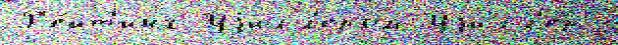
Р'е́йт'инг Уjилл'ером Уjилл'ер